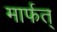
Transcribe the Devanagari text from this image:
मार्फत्‌